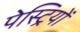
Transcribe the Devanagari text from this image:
पेस्ट्रियों